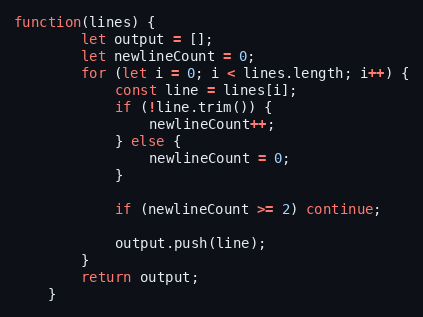
Language: JavaScript
function(lines) {
		let output = [];
		let newlineCount = 0;
		for (let i = 0; i < lines.length; i++) {
			const line = lines[i];
			if (!line.trim()) {
				newlineCount++;
			} else {
				newlineCount = 0;
			}

			if (newlineCount >= 2) continue;

			output.push(line);
		}
		return output;
	}